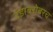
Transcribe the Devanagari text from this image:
दंडाबरोबरच